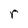
Character: r